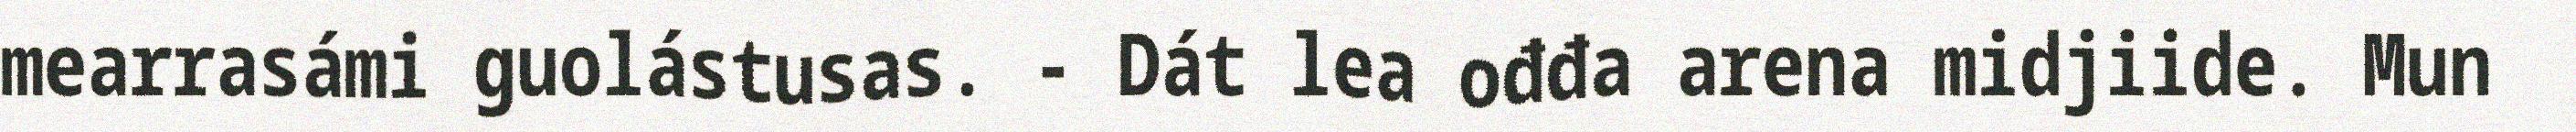
mearrasámi guolástusas. - Dát lea ođđa arena midjiide. Mun